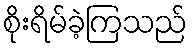
စိုးရိမ်ခဲ့ကြသည်